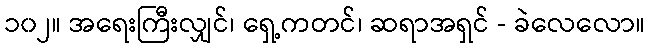
၁၀၂။ အရေးကြီးလျှင်၊ ရှေ့ကတင်၊ ဆရာအရှင် - ခဲလေလော။